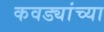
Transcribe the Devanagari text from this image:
कवड्यांच्‍या